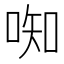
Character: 𫪦